Medical and sanitary report of the native army of Madras for the year
Year: 1876
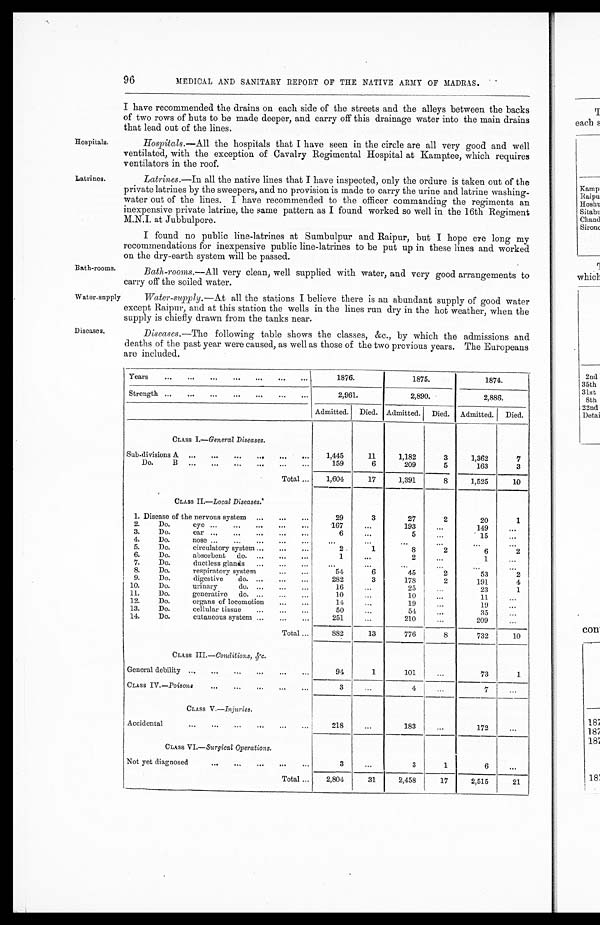
96
MEDICAL AND SANITARY REPORT OF THE NATIVE ARMY OF MADRAS.
I have recommended the drains on each side of the streets and the alleys between the backs
of two rows of huts to be made deeper, and carry off this drainage water into the main drains
that lead out of the lines.
Hospitals. —All the hospitals that I have seen in the circle are all very good and well
ventilated, with the exception of Cavalry Regimental Hospital at Kamptee, which requires
ventilators in the roof.
Latrines.—In all the native lines that I have inspected, only the ordure is taken out of the
private latrines by the sweepers, and no provision is made to carry the urine and latrine washing-
water out of the lines. I have recommended to the officer commanding the regiments an
inexpensive private latrine, the same pattern as I found worked so well in the 16th Regiment
M.N.I. at Jubbulpore.
I found no public line-latrines at Sumbulpur and Raipur, but I hope ere long my
recommendations for inexpensive public line-latrines to be put up in these lines and worked
on the dry-earth system will be passed.
Bath-rooms.–All very clean, well supplied with water, and very good arrangements to
carry off the soiled water.
Water-supply.–A t a l l t h e s t a t i o n s I b e l i e v e t h e r e i s a n a b u n d a n t s u p p l y o f g o o d w a t e r
except Raipur, and at this station the wells in the lines run dry in the hot weather, when the
supply is chiefly drawn from the tanks near.
Diseases.— The following table shows the classes, &c., by which the admissions and
deaths of the past year were caused, as well as those of the two previous years. The Europeans
are included.
1 8 7 6 .
years
1875.
1874.
Strength ...
...
...
...
2,961.
2,890.
2,886.
Admitted. Died. Admitted. Died. Admitted. Died.
CLASS I.—General Diseases.
Sub.divisions A
...
1,445
11
1,182
3
1,362
7
159
6
209
5
163
3
Total
1,604
17
1,391
8
1,525
10
CLASS II —Local Diseases:
1. Disease of the nervous system ...
...
...
29
3
27
2
20
1
2.
Do.
167
...
193
149
3.
Do.
6
...
5
...
15
4.
Do.
5.
Do.
circulatory system ...
...
,..
2
1
8
2
6
2
6.
Do.
absorbent do. ...
...
...
1
...
2
1
7.
Do.
ductless glands ...
...
...
...
...
8.
Do.
respiratory system
54
6
45
2
53
2
9.
Do.
digestive
do. ...
...
...
282
3
178
2
191
4
10.
Do.
urinary
1
...
2 5
...
23
1
11.
Do.
generative do. ...
...
1
...
10
...
1 1
12.
Do.
organs of locomotion
1
...
19
...
19
13.
Do.
cellular tissue
...
5
...
54
...
25
14.
Do.
cutaneous system
251
21
...
209
...
Total ...
882
13
776
8
732
10
CLASS III.—Conditions, &c.
General debility
...
..,
94
1
101
...
73
1
CLASS IV.—Poisons
...
„.
...
...
4
7
CLASS V.—Injuries.
Accidental
...
...
...
...
...
...
218
183
172
CLASS VI.—Surgical Operations.
Not yet diagnosed
.
3
...
3
1
6
Total
2,804
31
2,458
17
2,515
21
Hospitals.
Latrines.
Bath-rooms.
Diseases.